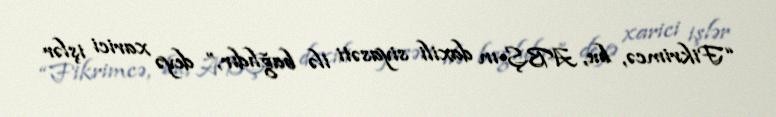
“Fikrimcə, bu, ABŞ-ın daxili siyasəti ilə bağlıdır,” deyə xarici işlər